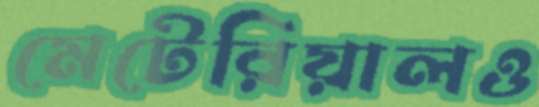
মেটেরিয়ালও